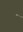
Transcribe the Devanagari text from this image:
ॱ